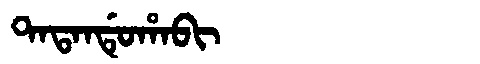
Manchu: ᡨᠠᡨᠠᠨᡩᡠᡥᠠᠪᡳ
Romanization: TATANDUHABI